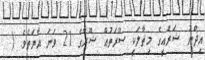
އިޛްނު ޝަރްޢީގެ މިޘާލަކީ ސޫރަތުއް ޝޫރާގެ 21 ވަނަ އާޔަތެވެ. (